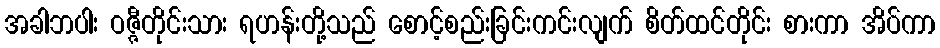
အခါဘပါး ဝဇ္ဇီတိုင်းသား ရဟန်းတို့သည် စောင့်စည်းခြင်းကင်းလျက် စိတ်ထင်တိုင်း စားကာ အိပ်ကာ